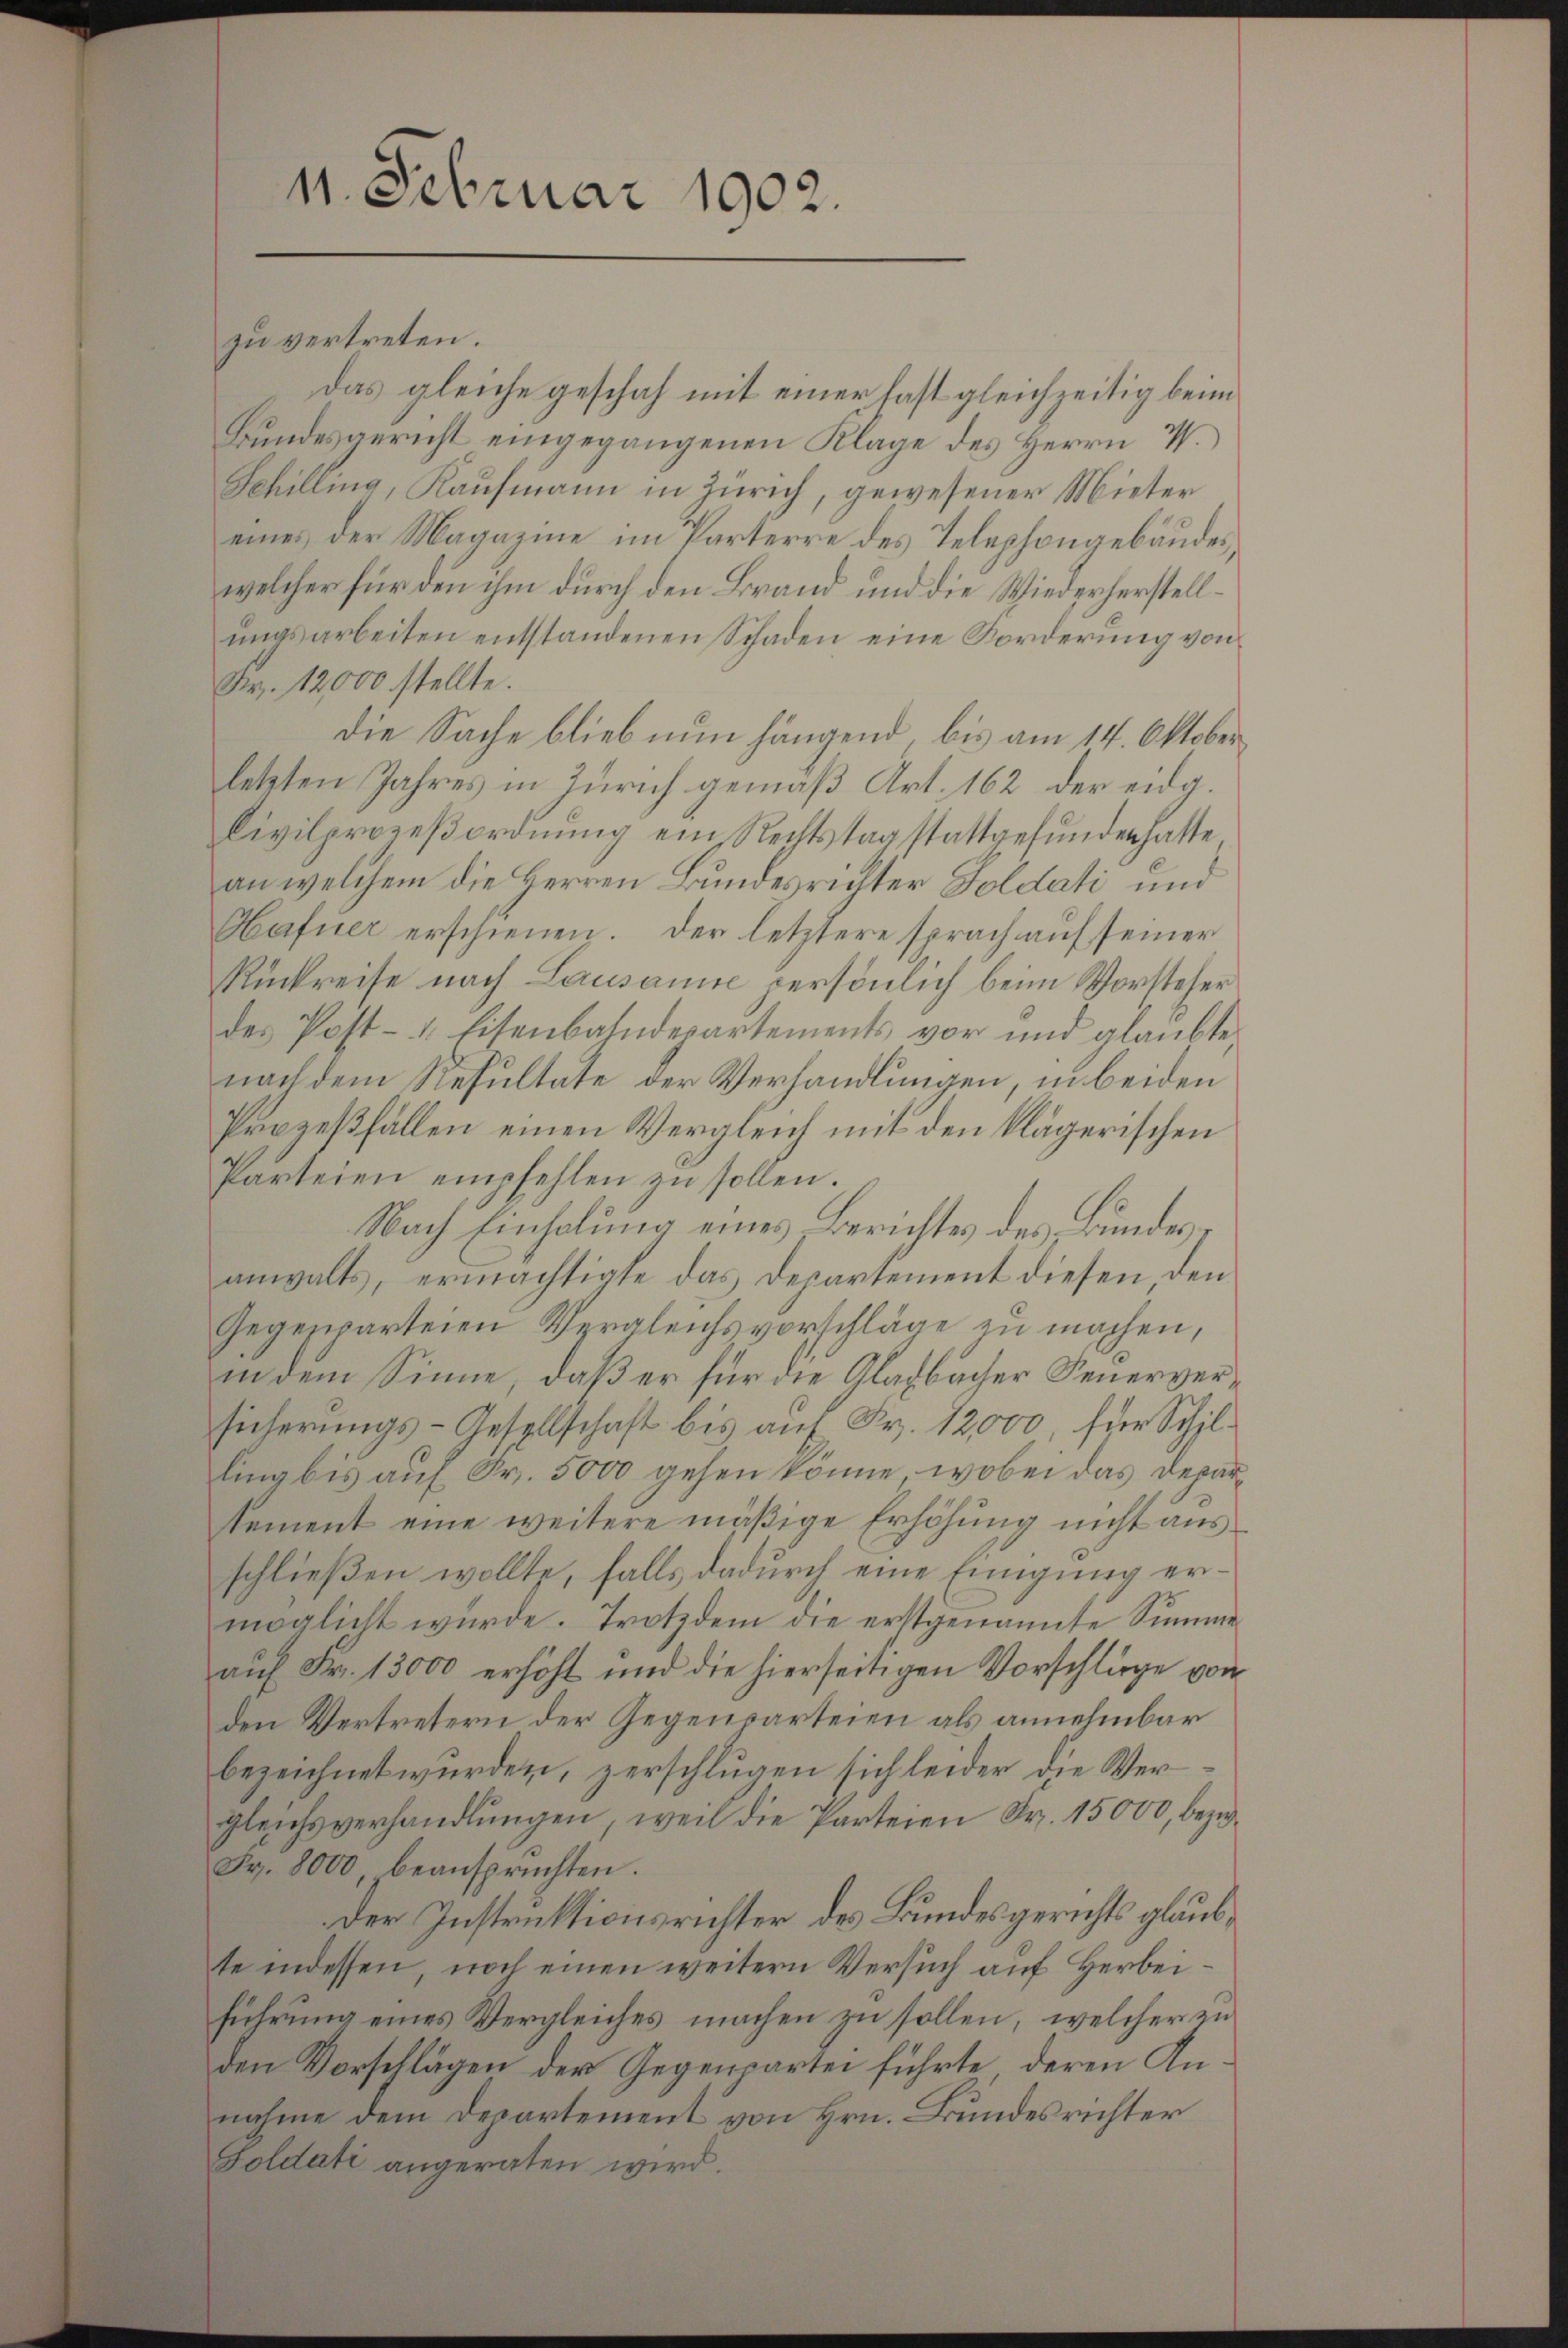
11. Februar 1902.

zu vertreten.
Das gleiche geschah mit einer fast gleichzeitig beim
Bundesgericht eingegangenen Klage des Herrn I.
Schilling, Kaufmann in Zürich, gewesener Mieter
eines der Magazine im Parterre des Telephongebäudes,
welcher für den ihm durch den Brand und die Wiederherstellungsarbeiten entstandenen Schaden eine Forderung von
Fr. 12,000 stellte.
die Sache blieb nun hängend, bis am 14. Oktober
letzten Jahres in Zürich gemäß Art. 162 der eidg.
Civilprozeβoronung ein Rechtstag stattgefŭnden hatte.
an welchem die Herren Bundesrichter Soldati und
Hafuer erschienen. Der letztere sprach auf seiner
Rückreise nach Lausanne persönlich beim Vorsteher
des Post- u. Eisenbahndepartements vor und glaubte
nach dem Resultate der Verhandlungen, in beiden
Prozeßfällen einen Vergleich mit den klägerischen
Parteien empfehlen zŭ sollen.
Nach Einholung eines Berichtes des Bundesanwalts, ermachtigte das Departement diesen den
Gegesparteien Vergleichsvorschläge zu machen,
in dem Sinne, daß er für die Gladbacher Feuerversicherungs-Gesellschaft bis auf Fr. 12,000, für Schilling bis auf Fr. 5000 gehen könne, wobei das Deparsement eine weitere mäßige Erhöhung nicht ausschließen wollte, falls dadurch eine Einigung ermöglicht wurde. Trotzdem die erstgenannte Summe
auf Fr. 13000 erhöht und die hierseitigen Vorschläge von
den Vertretern der Gegenparteien als annehmbar
bezeichnet wurden, zerschlugen sich leider die Vergleichsverhandlungen, weil die Parteien Fr. 15000, bezw¬
Fr. 8000 beansprüchten.
Der Instruktionsrichter des Bundesgerichts glaubte indessen, noch einen weitern Versuch auf Herbeiführung eines Vergleiches machen zu sollen, welcher zu
den Vorschlägen der Gegenpartei führte, deren Annahme dem Departement von Hrn. Bundesrichter
Soldati angeraten wird.